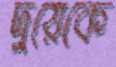
দুয়েকে